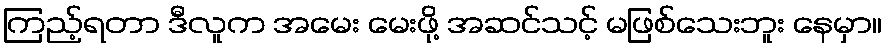
ကြည့်ရတာ ဒီလူက အမေး မေးဖို့ အဆင်သင့် မဖြစ်သေးဘူး နေမှာ။